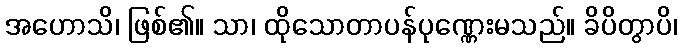
အဟောသိ၊ ဖြစ်၏။ သာ၊ ထိုသောတာပန်ပုဏ္ဏေးမသည်။ ခိပိတွာပိ၊